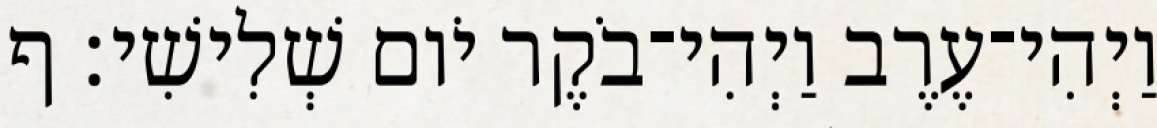
וַיְהִי־עֶרֶב וַיְהִי־בֹקֶר יֹום שְׁלִישִׁי׃ ף